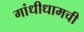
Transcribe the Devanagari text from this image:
गांधीधामची